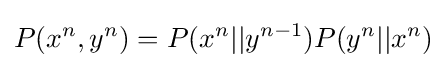
P(x^{n},y^{n})=P(x^{n}||y^{n-1})P(y^{n}||x^{n})